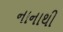
નાનાથી